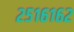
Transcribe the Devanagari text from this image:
२५१६१६२